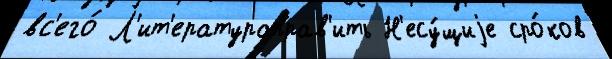
вс'его́ Л'ит'ератураправ'ить Н'есу́щиjе сро́ков